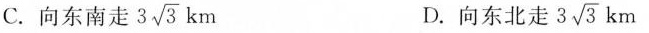
C.向东南走3\sqrt{3}km D.向东北走3 \sqrt{3}km